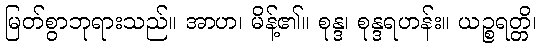
မြတ်စွာဘုရားသည်။ အာဟ၊ မိန့်၏။ စုန္ဒ၊ စုန္ဒရဟန်း။ ယဉ္စရတ္တိ၊